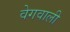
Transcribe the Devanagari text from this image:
वेगवाली